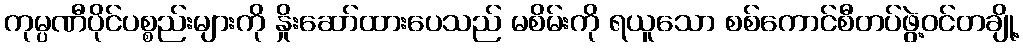
ကုမ္ပဏီပိုင်ပစ္စည်းများကို နှိုးဆော်ထားပေသည် မစိမ်းကို ရယူသော စစ်ကောင်စီတပ်ဖွဲ့ဝင်တချို့